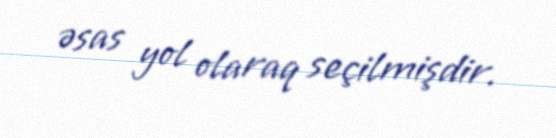
əsas yol olaraq seçilmişdir.